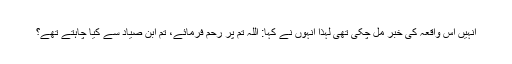
انہیں اس واقعہ کی خبر مل چکی تھی لہذا انہوں نے کہا: اللہ تم پر رحم فرمائے، تم ابن صیاد سے کیا چاہتے تھے؟